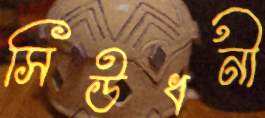
সিউধনী